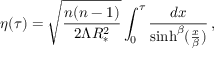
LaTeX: \eta ( \tau ) = \sqrt { \frac { n ( n - 1 ) } { 2 \Lambda R _ { * } ^ { 2 } } } \int _ { 0 } ^ { \tau } { \frac { d x } { \sinh ^ { \beta } ( { \frac { x } { \beta } } ) } } \, ,